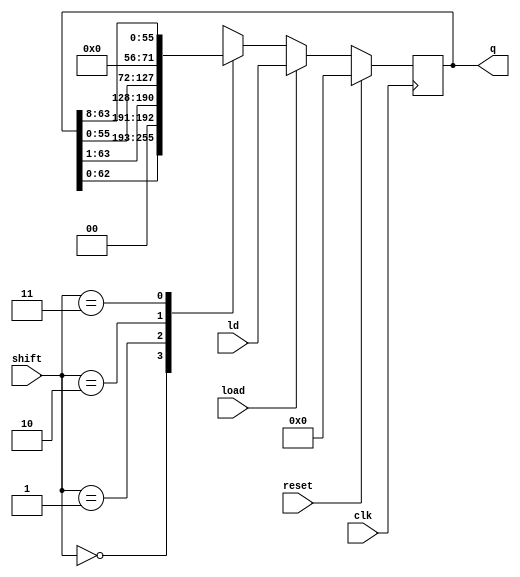
module alu(input [63:0] ld,input [1:0]shift, input reset, clk, load, output reg [63:0]q );
parameter leftb = 2'b00, rightb = 2'b01, leftBy = 2'b10, rightBy = 2'b11;

always@(posedge clk) begin
    if (reset) begin
        q <= 64'd0;
    end
    else if(load) begin
        q <= ld;
    end
    else begin
        case (shift)
        leftb : q[63:0] <= {q[62:0], 1'b0};
        rightb: q[63:0] <= {1'b0,q[63:1]};
        leftBy : q[63:0] <= {q[55:0], 8'b0};
        rightBy: q[63:0] <= {8'b0,q[63:8]};
        default: q[63:0] <= q[63:0];
        endcase
    end
end
endmodule